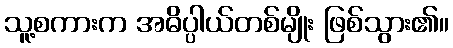
သူ့စကားက အဓိပ္ပါယ်တစ်မျိုး ဖြစ်သွား၏။